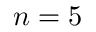
n = 5